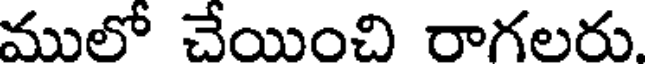
ములో చేయించి రాగలరు